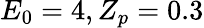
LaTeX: E_{0}=4,Z_{p}=0.3